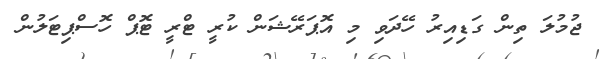
ޖުމުލަ ތިން ގަޑިއިރު ހޭދަވި މި އޮޕަރޭޝަން ކުރީ ޓްރީ ޓޮޕް ހޮސްޕިޓަލުން